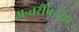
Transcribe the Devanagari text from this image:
अन्तर्रौषटीय